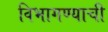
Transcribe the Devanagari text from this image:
विभागण्याची